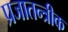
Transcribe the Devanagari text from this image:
प्रजातन्त्रीक